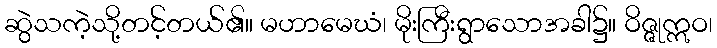
ဆွဲသကဲ့သို့တင့်တယ်၏။ မဟာမေဃံ၊ မိုးကြီးရွာသောအခါ၌။ ဝိဇ္ဇုဣဝ၊